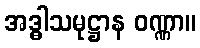
အဒ္ဓါသမုဋ္ဌာန ဝဏ္ဏာ။